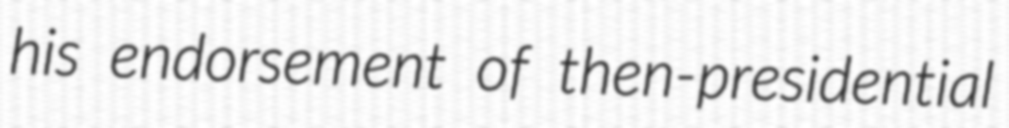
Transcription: his endorsement of then-presidential